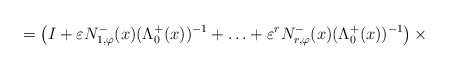
LaTeX: \begin{align*}= \left(I + \varepsilon N_{1,\varphi}^{-}(x) (\Lambda^{+}_{0}(x))^{-1} + \ldots + \varepsilon^r N_{r,\varphi}^{-}(x) (\Lambda^{+}_{0}(x))^{-1}\right) \times\end{align*}